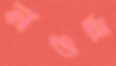
নওমি